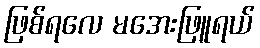
ဖြစ်ရလေ မအေးဖြူရယ်